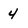
Character: 4